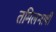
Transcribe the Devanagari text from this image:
तमिलभाषी